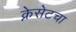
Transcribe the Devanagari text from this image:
क्नेसेटचा